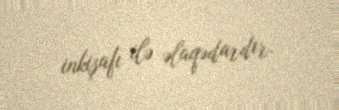
inkişafı ilə əlaqədardır.